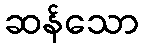
ဆန်သော